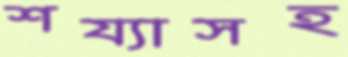
শয্যাসহ